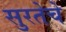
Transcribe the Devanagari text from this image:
सुरतेचे